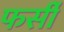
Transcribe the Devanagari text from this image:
फर्सी